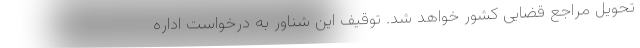
تحویل مراجع قضایی کشور خواهد شد. توقیف این شناور به درخواست اداره